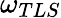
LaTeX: \omega_{TLS}